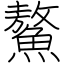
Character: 鰲